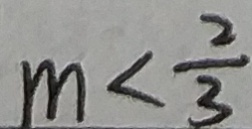
m < \frac { 2 } { 3 }